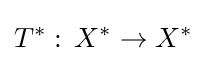
T^{*}:\,X^{*}\to X^{*}